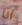
انا